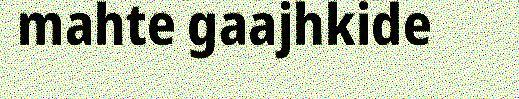
mahte gaajhkide